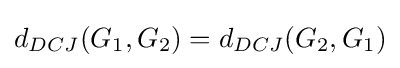
d_{DCJ}(G_{1},G_{2})=d_{DCJ}(G_{2},G_{1})